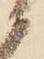
候